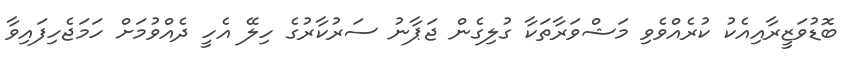
ބޮޑުވަޒީރާއިއެކު ކުރެއްވެވި މަޝްވަރާތަކާ ގުލިގެން ޖަޕާނު ސަރުކާރުގެ ހިލޭ އެހީ ދެއްވުމަށް ހަމަޖެހިފައިވާ